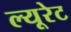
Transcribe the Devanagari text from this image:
ल्यूरेट